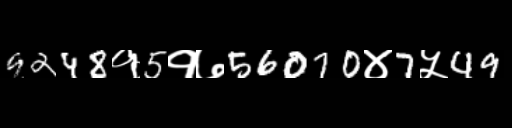
Text: 9248१5१७56070४7५49